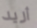
أريد